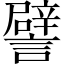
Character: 譬